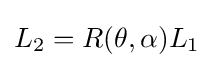
L_{2}=R(\theta ,\alpha )L_{1}